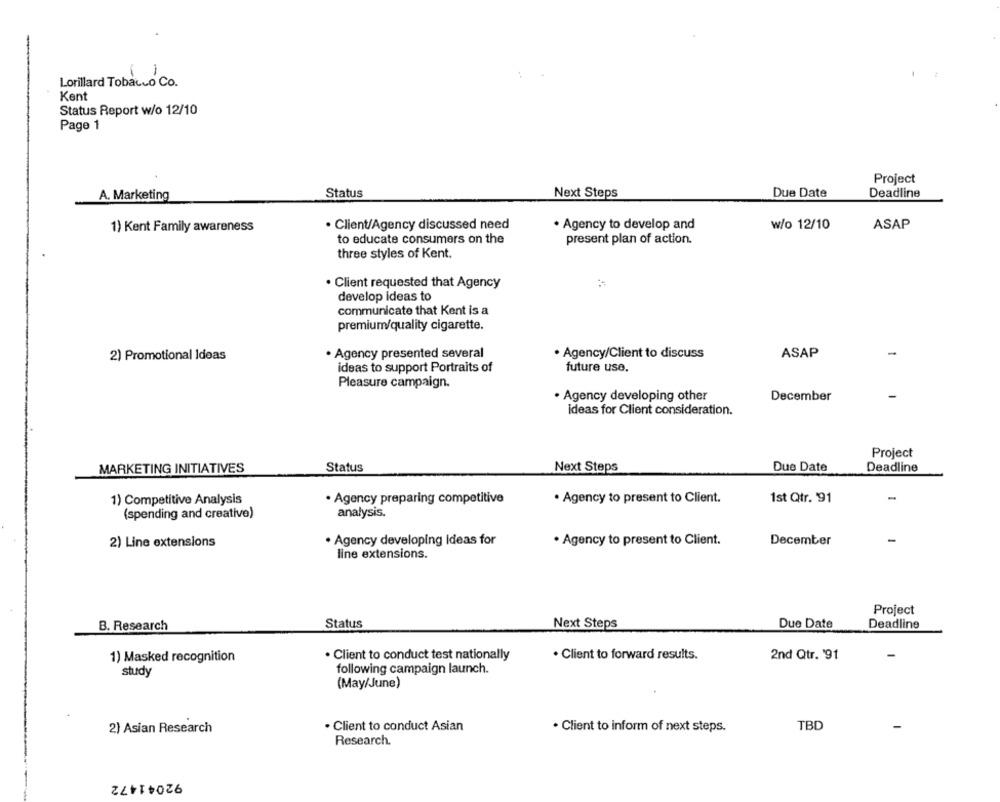
( )
Lorillard Tobacco Co.
Kent
Status Report w/o 12/10
Page 1
Project
Status
Next Steps
Due Date
A. Marketing
Deadline
· Client/Agency discussed need
. Agency to develop and
ASAP
1) Kent Family awareness
w/o 12/10
to educate consumers on the
present plan of action.
three styles of Kent.
. Client requested that Agency
develop ideas to
communicate that Kent is a
premium/quality cigarette.
. Agency presented several
· Agency/Client to discuss
ASAP
-
2) Promotional Ideas
ideas to support Portraits of
future use.
Pleasure campaign.
· Agency developing other
December
ideas for Client consideration.
Project
MARKETING INITIATIVES
Status
Next Steps
Due Date
Deadline
-
1) Competitive Analysis
. Agency preparing competitive
· Agency to present to Client.
1st Qtr. 91
analysis.
(spending and creative)
2) Line extensions
· Agency developing Ideas for
· Agency to present to Client.
December
line extensions.
Project
B. Research
Status
Next Steps
Due Date
Deadline
1) Masked recognition
. Client to conduct test nationally
. Client to forward results.
2nd Qtr. '91
study
following campaign launch.
(May/June)
2) Asian Research
. Client to conduct Asian
· Client to inform of next steps.
TBD
Research.
92041472